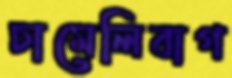
চামেলিবাগ